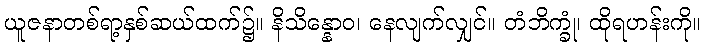
ယူဇနာတစ်ရာ့နှစ်ဆယ်ထက်၌။ နိသိန္နောဝ၊ နေလျက်လျှင်။ တံဘိက္ခုံ၊ ထိုရဟန်းကို။